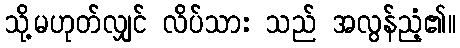
သို့မဟုတ်လျှင် လိပ်သား သည် အလွန်ညံ့၏။